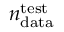
n _ { \mathrm { d a t a } } ^ { \mathrm { t e s t } }